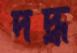
দদ্ধ